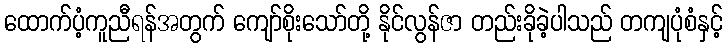
ထောက်ပံ့ကူညီရန်အတွက် ကျော်စိုးသော်တို့ နိုင်လွန်ဇာ တည်းခိုခဲ့ပါသည် တကျပုံစံနှင့်